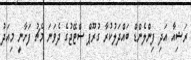
ރަޝިއާ އަދި ފިންލެންޑް ބައްދަލުކުރާ ގުރޫޕް ސްޓޭޖުގެ ދެވަނަ މެޗު ފަށާނީ މިއަދު